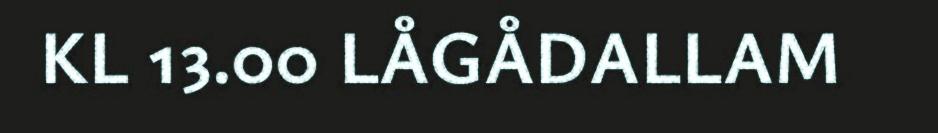
KL 13.00 LÅGÅDALLAM